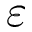
\varepsilon